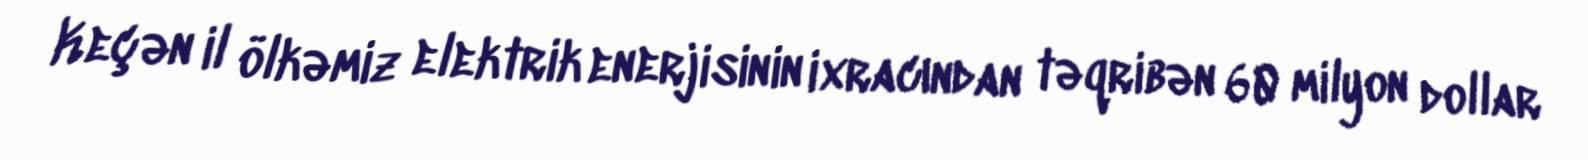
Keçən il ölkəmiz elektrik enerjisinin ixracından təqribən 60 milyon dollar